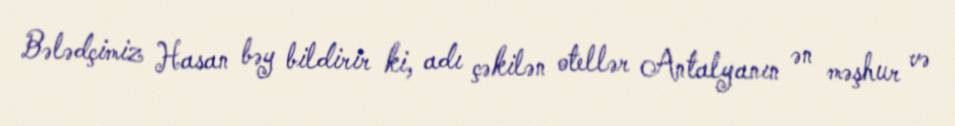
Bələdçimiz Hasan bəy bildirir ki, adı çəkilən otellər Antalyanın ən məşhur və